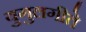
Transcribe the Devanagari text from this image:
युगुलगीते